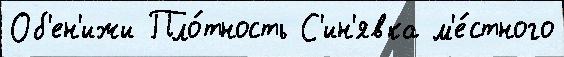
Об'ен'ижи Пло́тность С'ин'явка м'е́стного